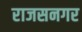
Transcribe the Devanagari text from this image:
राजसनगर